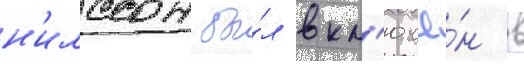
н'илссон бы́л вкл'ючё́н в